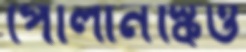
পোলানস্কিও